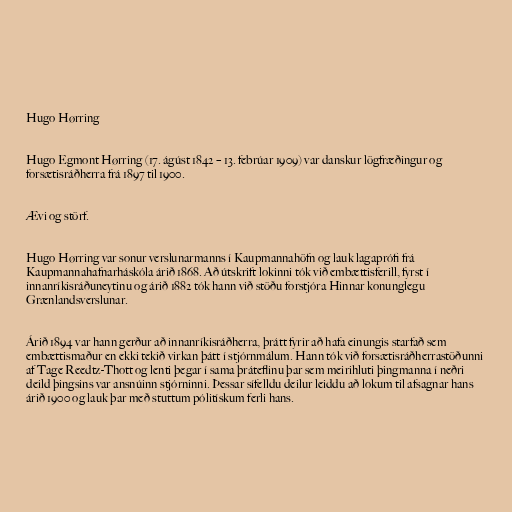
Hugo Hørring

Hugo Egmont Hørring (17. ágúst 1842 – 13. febrúar 1909) var danskur lögfræðingur og
forsætisráðherra frá 1897 til 1900.

Ævi og störf.

Hugo Hørring var sonur verslunarmanns í Kaupmannahöfn og lauk lagaprófi frá
Kaupmannahafnarháskóla árið 1868. Að útskrift lokinni tók við embættisferill, fyrst í
innanríkisráðuneytinu og árið 1882 tók hann við stöðu forstjóra Hinnar konunglegu
Grænlandsverslunar.

Árið 1894 var hann gerður að innanríkisráðherra, þrátt fyrir að hafa einungis starfað sem
embættismaður en ekki tekið virkan þátt í stjórnmálum. Hann tók við forsætisráðherrastöðunni
af Tage Reedtz-Thott og lenti þegar í sama þráteflinu þar sem meirihluti þingmanna í neðri
deild þingsins var ansnúinn stjórninni. Þessar sífelldu deilur leiddu að lokum til afsagnar hans
árið 1900 og lauk þar með stuttum pólitískum ferli hans.